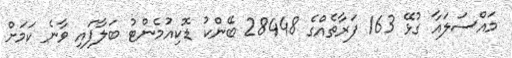
މައްސަލައާ ގުޅޭ 163 ފަރާތެއްގެ 28448 ބޭންކު ޑޮކިއުމެންޓު ބަލާފައި ވާނެ ކަމަށް